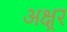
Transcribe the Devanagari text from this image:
अक्ष्रर